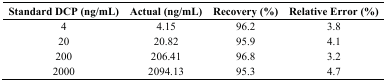
| Standard DCP (ng/mL) | Actual (ng/mL) | Recovery (%) | Relative Error (%) |
 | --- | --- | --- | --- |
 | 4 | 4.15 | 96.2 | 3.8 |
 | 20 | 20.82 | 95.9 | 4.1 |
 | 200 | 206.41 | 96.8 | 3.2 |
 | 2000 | 2094.13 | 95.3 | 4.7 |